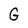
Character: G